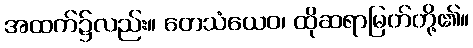
အထက်၌လည်း။ တေသံယေဝ၊ ထိုဆရာမြတ်တို့၏။